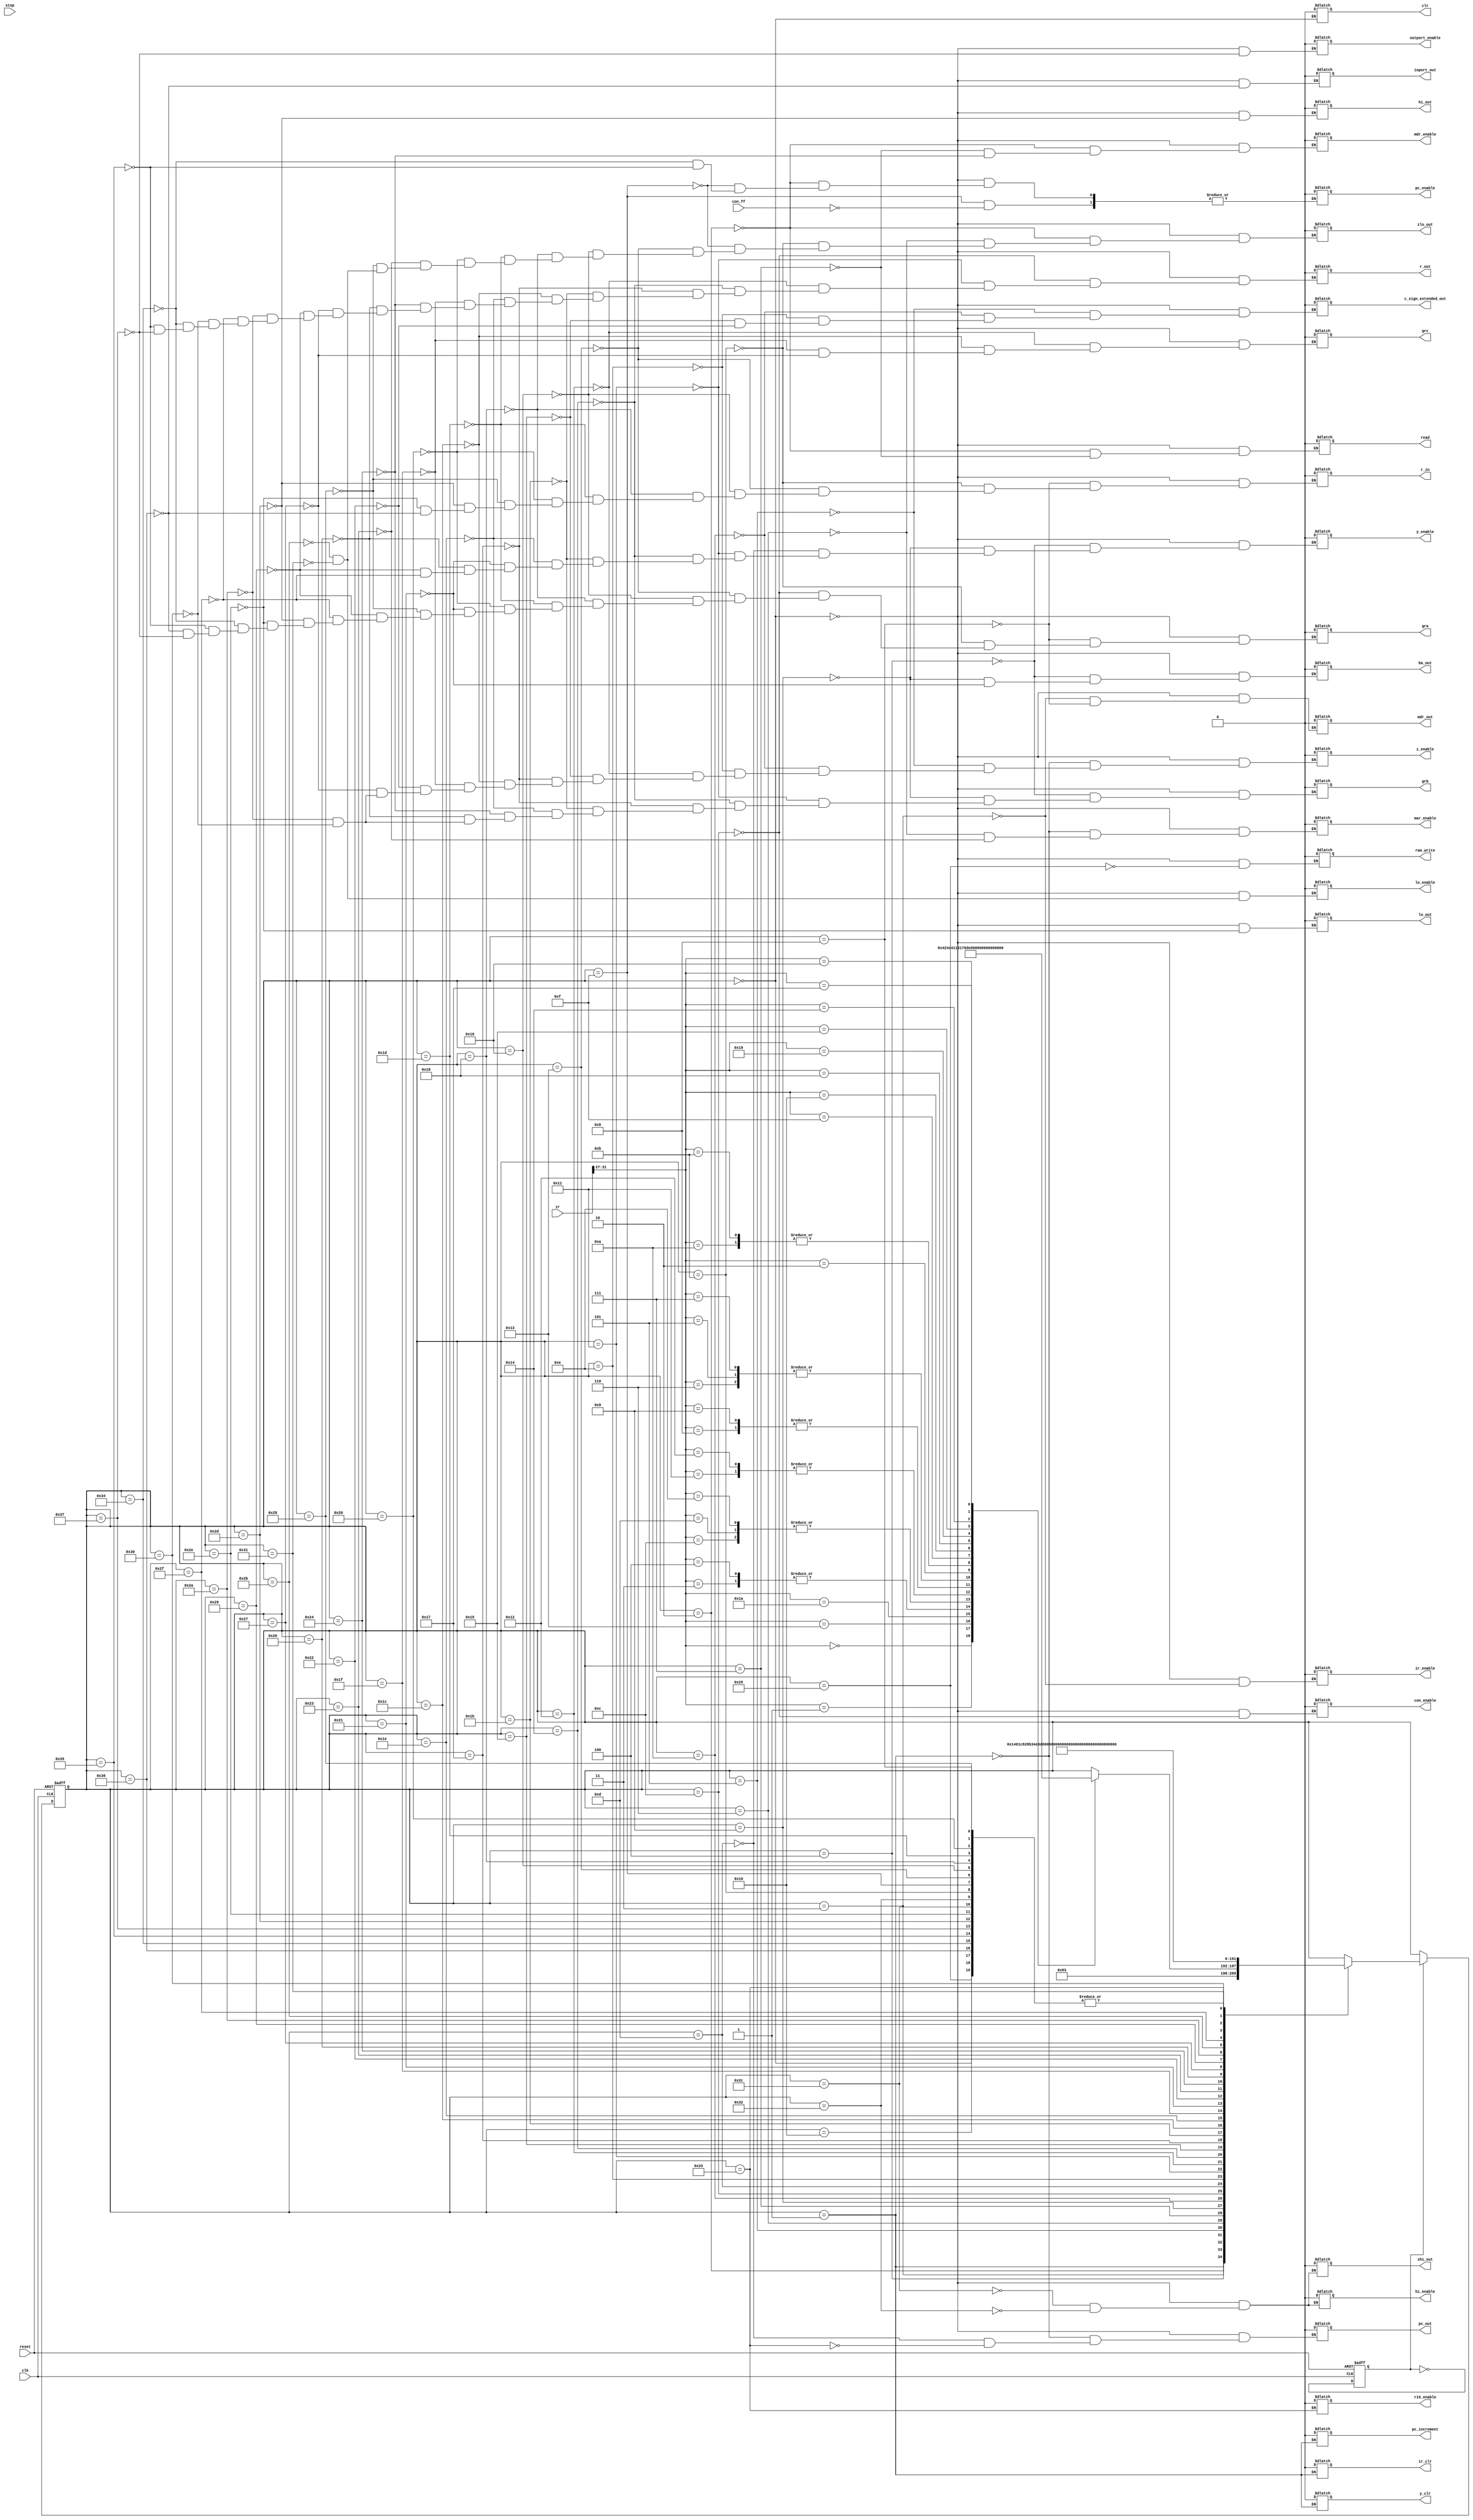
// This program was cloned from: https://github.com/conboy/elec374-cpu
// License: MIT License

`timescale 1ns/10ps

module control_unit (
    input clk,
    input reset,
    input stop,
    input con_ff,
    input [31:0] ir,

    output reg inport_out,
    output reg read,
    output reg ram_write,
    // operations

    // signals
    output reg hi_enable,
    output reg lo_enable,
    output reg con_enable,
    output reg pc_enable,
    output reg ir_enable,
    output reg y_enable,
    output reg z_enable,
    output reg mar_enable,
    output reg mdr_enable,
    output reg outport_enable,
    output reg c_sign_extended_out, // cout?
    output reg ba_out,

    output reg gra,
    output reg grb,
    output reg grc,
    output reg r_in,
    output reg r_out,
    output reg hi_out,
    output reg lo_out,
    output reg zhi_out,
    output reg zlo_out,
    output reg mdr_out,
    output reg pc_out,

    output reg pc_increment,
    output reg y_clr,
    output reg ir_clr,
    output reg clr,
    output reg r15_enable
);

// Opcodes for operations
localparam ld_opcode = 5'b00000;
localparam ldi_opcode = 5'b00001;
localparam st_opcode = 5'b00010;
localparam add_opcode = 5'b00011;
localparam sub_opcode = 5'b00100;
localparam shr_opcode = 5'b00101;
localparam shra_opcode = 5'b00110;
localparam shl_opcode = 5'b00111;
localparam ror_opcode = 5'b01000;
localparam rol_opcode = 5'b01001;
localparam and_opcode = 5'b01010;
localparam or_opcode = 5'b01011;
localparam addi_opcode = 5'b01100;
localparam andi_opcode = 5'b01101;
localparam ori_opcode = 5'b01110;
localparam mul_opcode = 5'b01111;
localparam div_opcode = 5'b10000;
localparam neg_opcode = 5'b10001;
localparam not_opcode = 5'b10010;
localparam branch_opcode = 5'b10011;
localparam jr_opcode = 5'b10100;
localparam jal_opcode = 5'b10101;
localparam in_opcode = 5'b10110;
localparam out_opcode = 5'b10111;
localparam mfhi_opcode = 5'b11000;
localparam mflo_opcode = 5'b11001;
localparam nop_opcode = 5'b11010;
// localparam in_opcode = 5'b10110;
// localparam out_opcode = 5'b10111;

// FSM signals
parameter reset_state = 6'b000000;
parameter fetch0 = 6'b000001;
parameter fetch1 = 6'b000010;
parameter fetch2 = 6'b000011;
parameter ld3 = 6'b000100;            // ld
parameter ld4 = 6'b000101;
parameter ld5 = 6'b000110;
parameter ld6 = 6'b000111;
parameter ld7 = 6'b001000;
parameter ldi3 = 6'b001001;           // ldi
parameter ldi4 = 6'b001010;
parameter ldi5 = 6'b001011;
parameter br3 = 6'b001100;            // br
parameter br4 = 6'b001101;
parameter br5 = 6'b001110;
parameter br6 = 6'b001111;
parameter nop3 = 6'b010000;           // nop
parameter add_sub3 = 6'b010001;           // add
parameter add_sub4 = 6'b010010;
parameter add_sub5 = 6'b010011;
parameter addi_andi_ori3 = 6'b010100;          // addi, andi & ori
parameter addi_andi_ori4 = 6'b010101;
parameter addi_andi_ori5 = 6'b010110;
parameter neg_not3 = 6'b010111;           // neg & not
parameter neg_not4 = 6'b011000;
parameter andi3 = 6'b011001;          // andi
parameter andi4 = 6'b011010;
parameter ror_rol3 = 6'b011011;      // ror & rol
parameter ror_rol4 = 6'b011100;
parameter ror_rol5 = 6'b011101;
parameter sh3 = 6'b011110;           // shra, shr & shl
parameter sh4 = 6'b011111;
parameter sh5 = 6'b100000;
parameter st3 = 6'b100001;           // st
parameter st4 = 6'b100010;
parameter st5 = 6'b100011;
parameter st6 = 6'b100100;
parameter st7 = 6'b100101;
parameter and_or3 = 6'b100110;       // and & or
parameter and_or4 = 6'b100111;
parameter and_or5 = 6'b101000;
parameter mul3 = 6'b101001;          // mul
parameter mul4 = 6'b101010;
parameter mul5 = 6'b101011;
parameter mul6 = 6'b101100;
parameter mfhi3 = 6'b101101;         // mfhi
parameter mflo3 = 6'b101110;         // mflo
parameter div3 = 6'b101111;          // div
parameter div4 = 6'b110000;
parameter div5 = 6'b110001;
parameter div6 = 6'b110010;
parameter jal3 = 6'b110011;          // jal
parameter jal4 = 6'b110100;
parameter jr3 = 6'b110101;           // jr
parameter in3 = 6'b110110;           // in
parameter out3 = 6'b110111;          // out



reg [5:0] present_state = reset_state;


reg toggle = 0; // Initialize the toggle flip-flop
always @(posedge clk, posedge reset) begin
    if (reset == 1'b1) begin
        present_state <= reset_state; 
        toggle <= 0; // Reset the toggle to 0 on reset
    end
    else begin
        toggle <= ~toggle; // Toggle the flip-flop on each clock edge
        if (toggle) begin // Proceed with state transitions only when toggle is high
            case (present_state)
                reset_state: present_state <= fetch0;
                fetch0: present_state <= fetch1;
                fetch1: present_state <= fetch2;
                fetch2: begin 
                    case (ir[31:27])
                        ld_opcode:      present_state <= ld3;
                        ldi_opcode:     present_state <= ldi3;
                        branch_opcode:  present_state <= br3;
                        nop_opcode:     present_state <= nop3;
                        add_opcode:     present_state <= add_sub3;
                        sub_opcode:     present_state <= add_sub3;
                        addi_opcode:    present_state <= addi_andi_ori3;
                        andi_opcode:    present_state <= addi_andi_ori3;
                        ori_opcode:     present_state <= addi_andi_ori3;
                        neg_opcode:     present_state <= neg_not3;
                        not_opcode:     present_state <= neg_not3;
                        ror_opcode:     present_state <= ror_rol3;
                        rol_opcode:     present_state <= ror_rol3;
                        shra_opcode:    present_state <= sh3;
                        shr_opcode:     present_state <= sh3;
                        shl_opcode:     present_state <= sh3;
                        st_opcode:      present_state <= st3;
                        and_opcode:     present_state <= and_or3;
                        or_opcode:      present_state <= and_or3;
                        mul_opcode:     present_state <= mul3;
                        div_opcode:     present_state <= div3;
                        mfhi_opcode:    present_state <= mfhi3;
                        mflo_opcode:    present_state <= mflo3;
                        jal_opcode:     present_state <= jal3;
                        jr_opcode:      present_state <= jr3;
                        in_opcode:      present_state <= in3;
                        out_opcode:     present_state <= out3;
                        // TODO: Additional opcodes

                    endcase
                end
                // Continue with other states as before
                // ld
                ld3: present_state <= ld4;
                ld4: present_state <= ld5;
                ld5: present_state <= ld6;
                ld6: present_state <= ld7;
                ld7: present_state <= fetch0;
                // ldi
                ldi3: present_state <= ldi4;
                ldi4: present_state <= ldi5;
                ldi5: present_state <= fetch0;
                // br
                br3: present_state <= br4;
                br4: present_state <= br5;
                br5: present_state <= br6;
                br6: present_state <= fetch0;
                // nop
                nop3: present_state <= fetch0;
                // add
                add_sub3: present_state <= add_sub4;
                add_sub4: present_state <= add_sub5;
                add_sub5: present_state <= fetch0;
                // addi, andi & ori
                addi_andi_ori3: present_state <= addi_andi_ori4;
                addi_andi_ori4: present_state <= addi_andi_ori5;
                addi_andi_ori5: present_state <= fetch0;
                // neg
                neg_not3: present_state <= neg_not4;
                neg_not4: present_state <= fetch0;
                // rol & ror
                ror_rol3: present_state <= ror_rol4;
                ror_rol4: present_state <= ror_rol5;
                ror_rol5: present_state <= fetch0;
                // shra, shr & shl
                sh3: present_state <= sh4;
                sh4: present_state <= sh5;
                sh5: present_state <= fetch0;
                // st
                st3: present_state <= st4;
                st4: present_state <= st5;
                st5: present_state <= st6;
                st6: present_state <= st7;
                st7: present_state <= fetch0;
                // and & or
                and_or3: present_state <= and_or4;
                and_or4: present_state <= and_or5;
                and_or5: present_state <= fetch0;
                // mul
                mul3: present_state <= mul4;
                mul4: present_state <= mul5;
                mul5: present_state <= mul6;
                mul6: present_state <= fetch0;
                // div
                div3: present_state <= div4;
                div4: present_state <= div5;
                div5: present_state <= div6;
                div6: present_state <= fetch0;
                // mfhi
                mfhi3: present_state <= fetch0;
                // mflo
                mflo3: present_state <= fetch0;
                // jal
                jal3: present_state <= jal4;
                jal4: present_state <= fetch0;
                // jr
                jr3: present_state <= fetch0;
                // in
                in3: present_state <= fetch0;
                // out
                out3: present_state <= fetch0;
                // TODO: FILL IN PRESENT STATES EX: add_sub3: present_state <= add_sub4;
                // Make sure to use non-blocking assignments (<=) within always blocks
            endcase
        end
        // When toggle is low, do not change the present_state
    end
end


always @(present_state)
begin
    case(present_state)
        reset_state: begin
            clr = 1;
            inport_out = 0;
            read = 0;
            ram_write = 0;
            hi_enable = 0;
            lo_enable = 0;
            con_enable = 0;
            pc_enable = 0;
            ir_enable = 0;
            y_enable = 0;
            z_enable = 0;
            mar_enable = 0;
            mdr_enable = 0;
            outport_enable = 0;
            c_sign_extended_out = 0;
            ba_out = 0;
            gra = 0;
            grb = 0;
            grc = 0;
            r_in = 0;
            r_out = 0;
            hi_out = 0;
            lo_out = 0;
            zhi_out = 0;
            zlo_out = 0;
            mdr_out = 0;
            pc_out = 0;
            #20 clr = 0;
        end
		fetch0: begin
			pc_out <= 1; mar_enable <= 1; pc_increment <= 1; ir_clr <= 1; y_clr <= 1; //ir_clr???? maybe add y_clr too
			#20 mar_enable <= 0; pc_increment <= 0; ir_clr <= 0; y_clr <= 0; z_enable <= 1; //ir_clr????
			#20 pc_out <= 0; z_enable <= 0;
		end
		fetch1: begin
			read <= 1; mdr_enable <= 1; pc_enable <= 1; zlo_out <= 1;
			#20 read <= 0; mdr_enable <= 0; pc_enable <= 0; zlo_out <= 0;
		end
		fetch2: begin
			mdr_out <= 1; ir_enable <= 1;
			#20 mdr_out<= 0; ir_enable <= 0;
		end

        // ld instruction
        ld3: begin
			grb <= 1; ba_out <= 1; y_enable <= 1;
			#20 grb <= 0; ba_out <= 0; y_enable <= 0;
		end
		ld4: begin
			c_sign_extended_out <= 1;  z_enable <= 1;
			#20 c_sign_extended_out <= 0; z_enable <= 0;
		end
		ld5: begin
			zlo_out <= 1; mar_enable <= 1;
			#20 zlo_out <= 0; mar_enable <= 0;  
		end
		ld6: begin
			read <= 1; mdr_enable <= 1;
			#20 read <= 0; mdr_enable <= 0;
		end
		ld7: begin
			mdr_out <= 1; gra <= 1; r_in <= 1;
			#20 mdr_out <= 0; gra <= 0; r_in <= 0;
		end

        // ldi instruction
        ldi3: begin	
			grb <= 1; ba_out <= 1; y_enable <= 1;
			#20 grb <= 0; ba_out <= 0; y_enable <= 0;
		end
		ldi4: begin	
			c_sign_extended_out <= 1;  z_enable <= 1;
			#20 c_sign_extended_out <= 0; z_enable <= 0;
		end
		ldi5: begin
			zlo_out <= 1; gra <= 1; r_in <= 1;
			#20 zlo_out <= 0; gra <= 0;  r_in <= 0;
		end

        // brmi instruction
        br3: begin	
			gra <= 1; r_out <= 1; con_enable <= 1;
            #20 gra <= 0; r_out <= 0; con_enable <= 0;
		end
        br4: begin
            pc_out <= 1; y_enable <= 1;
            #20 pc_out <= 0; y_enable <= 0;
        end
        br5: begin
            c_sign_extended_out <= 1; z_enable <= 1;
            #20 c_sign_extended_out <= 0; z_enable <= 0;
        end
        br6: begin
            if (con_ff == 1) begin
                zlo_out <= 1; pc_enable <= 1; 
                #20 zlo_out <= 0; pc_enable <= 0; //pc_increment <= 1;
                //#20 pc_increment <= 0;
            end
            else begin
                zlo_out <= 1;
                #20 zlo_out <= 0;
            end
        end

        // nop instruction
        nop3: begin
            #40; // Do nothing
        end

        // add instruction
        add_sub3: begin
            grb <= 1; r_out <= 1; y_enable <= 1;
            #20 grb <= 0; r_out <= 0; y_enable <= 0;
        end
        add_sub4: begin
            grc <= 1; r_out <= 1; z_enable <= 1;
            #20 grc <= 0; r_out <= 0; z_enable <= 0;
        end
        add_sub5: begin
            zlo_out <= 1; gra <= 1; r_in <= 1;
            #20 zlo_out <= 0; gra <= 0; r_in <= 0;
        end

        // addi, andi & ori instruction
        addi_andi_ori3: begin	
			grb <= 1; r_out <= 1; y_enable <= 1;
			#20 grb <= 0; r_out <= 0; y_enable <= 0;
		end
		addi_andi_ori4: begin	
			c_sign_extended_out <= 1;  z_enable <= 1;
			#20 c_sign_extended_out <= 0; z_enable <= 0;
		end
		addi_andi_ori5: begin
			zlo_out <= 1; gra <= 1; r_in <= 1;
			#20 zlo_out <= 0; gra <= 0;  r_in <= 0;
		end

        // neg & not instruction
        neg_not3: begin
            grb <= 1; r_out <= 1; z_enable <= 1;
            #20 grb <= 0; r_out <= 0; z_enable <= 0;
        end
        neg_not4: begin
            zlo_out <= 1; gra <= 1; r_in <= 1;
            #20 zlo_out <= 0; gra <= 0; r_in <= 0;
        end

        // ror & rol instruction
        ror_rol3: begin
            grb <= 1; r_out <= 1; y_enable <= 1;
            #20 grb <= 0; r_out <= 0; y_enable <= 0;
        end
        ror_rol4: begin
            grc <= 1; r_out <= 1; z_enable <= 1;
            #20 grc <= 0; r_out <= 0; z_enable <= 0;
        end
        ror_rol5: begin
            zlo_out <= 1; gra <= 1; r_in <= 1;
            #20 zlo_out <= 0; gra <= 0; r_in <= 0;
        end

        // shra, shr & shl instruction
        sh3: begin
            grb <= 1; r_out <= 1; y_enable <= 1;
            #20 grb <= 0; r_out <= 0; y_enable <= 0;
        end
        sh4: begin
            grc <= 1; r_out <= 1; z_enable <= 1;
            #20 grc <= 0; r_out <= 0; z_enable <= 0;
        end
        sh5: begin
            zlo_out <= 1; gra <= 1; r_in <= 1;
            #20 zlo_out <= 0; gra <= 0; r_in <= 0;
        end

        // st instruction
        st3: begin
            gra <= 1; ba_out <= 1; y_enable <= 1;
			#20 gra <= 0; ba_out <= 0; y_enable <= 0;
        end

        // present_state: 11
        st4: begin
            c_sign_extended_out <= 1;  z_enable <= 1;   // ADD c_sign_extended_out (gra) + grb
			#20 c_sign_extended_out <= 0; z_enable <= 0;
        end

        // present_state: 12
        st5: begin
			zlo_out <= 1; mar_enable <= 1;
			#20 zlo_out <= 0; mar_enable <= 0;
		end

        // present_state: 13
        st6: begin
            grb <= 1; r_out <= 1; mdr_enable <= 1;
            #20 grb <= 0; r_out <= 0; mdr_enable <= 0;
        end

        // present_state: 14
        st7: begin
            ram_write <= 1;
            #20 ram_write <= 0;
        end

        and_or3: begin
            grb <= 1; r_out <= 1; y_enable <= 1;
            #20 grb <= 0; r_out <= 0; y_enable <= 0;
        end
        and_or4: begin
            grc <= 1; r_out <= 1; z_enable <= 1;
            #20 grc <= 0; r_out <= 0; z_enable <= 0;
        end
        and_or5: begin
            zlo_out <= 1; gra <= 1; r_in <= 1;
            #20 zlo_out <= 0; gra <= 0; r_in <= 0;
        end

        // mul instruction
        mul3: begin
            gra <= 1; r_out <= 1; y_enable <= 1;
            #20 gra <= 0; r_out <= 0; y_enable <= 0;
        end
        mul4: begin
            grb <= 1; r_out <= 1; z_enable <= 1;
            #20 grb <= 0; r_out <= 0; z_enable <= 0;
        end
        mul5: begin
            zlo_out <= 1; lo_enable <= 1;
            #20 zlo_out <= 0; lo_enable <= 0;
        end
        mul6: begin
            zhi_out <= 1; hi_enable <= 1;
            #20 zhi_out <= 0; hi_enable <= 0;
        end
        // div instruction
        div3: begin
            gra <= 1; r_out <= 1; y_enable <= 1;
            #20 gra <= 0; r_out <= 0; y_enable <= 0;
        end
        div4: begin
            grb <= 1; r_out <= 1; z_enable <= 1;
            #20 grb <= 0; r_out <= 0; z_enable <= 0;
        end
        div5: begin
            zlo_out <= 1; lo_enable <= 1;
            #20 zlo_out <= 0; lo_enable <= 0;
        end
        div6: begin
            zhi_out <= 1; hi_enable <= 1;
            #20 zhi_out <= 0; hi_enable <= 0;
        end
        // mfhi instruction
        mfhi3: begin	
			hi_out <= 1; gra <= 1; r_in <= 1;
            #20 hi_out <= 0; gra <= 0; r_in <= 0;
		end
        // mflo instruction
        mflo3: begin	
			lo_out <= 1; gra <= 1; r_in <= 1;
            #20 lo_out <= 0; gra <= 0; r_in <= 0;
		end
        // jal instruction
        jal3: begin	
			pc_out <= 1; r15_enable <= 1;
            #20 pc_out <= 0; r15_enable <= 0;
		end
        jal4: begin
            pc_enable <= 1; gra <= 1; r_out <= 1;
			#20 pc_enable <= 0; gra <= 0; r_out <= 0;
        end
        // jr instruction
        jr3: begin
            gra <= 1; r_out <= 1; pc_enable <= 1;
			#20 gra <= 0; r_out <= 0; pc_enable <= 0;
        end
        // in instruction
        in3: begin	
			inport_out <= 1; gra <= 1; r_in <= 1;
            #20 inport_out <= 0; gra <= 0; r_in <= 0;
		end
        // out instruction
        out3: begin
            outport_enable <= 1; gra <= 1; r_out <= 1;
            #20 outport_enable <= 0; gra <= 0; r_out <= 0;
        end
        // TODO: FILL IN JOBS
    endcase
end
endmodule